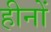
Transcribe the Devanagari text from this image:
हीनों